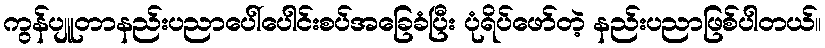
ကွန်ပျူတာနည်းပညာပေါ်ပေါင်းစပ်အခြေခံပြီး ပုံရိပ်ဖော်တဲ့ နည်းပညာဖြစ်ပါတယ်။